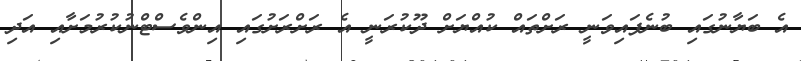
އެ ބަޔާނުގައި ބުނެފައިވަނީ ރަށްތައް ކުއްޔަށް ދޫކުރަނީ އެ ރަށްރަށުގައި އިންވެސްޓްނުކުރުމަށާއި އަދި